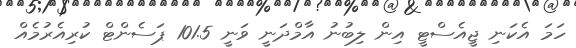
ހަމަ އެކަނި ޖީއެސްޓީ އިން ލިބުނު އާމްދަނީ ވަނީ 101.5 ޕަސެންޓް ކުރިއެރުމެއް